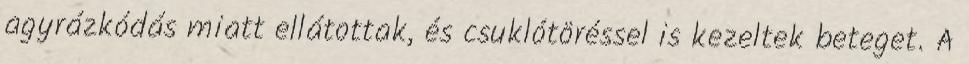
agyrázkódás miatt ellátottak, és csuklótöréssel is kezeltek beteget. A